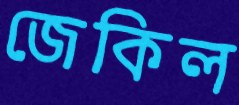
জেকিল